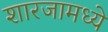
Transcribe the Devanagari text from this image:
शारजामध्ये